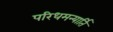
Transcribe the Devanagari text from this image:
परिधमन्यार्ति